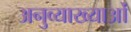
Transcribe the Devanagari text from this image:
अनुव्याख्याओं